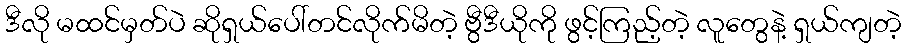
ဒီလို မထင်မှတ်ပဲ ဆိုရှယ်ပေါ်တင်လိုက်မိတဲ့ ဗွီဒီယိုကို ဖွင့်ကြည့်တဲ့ လူတွေနဲ့ ရှယ်ကျတဲ့